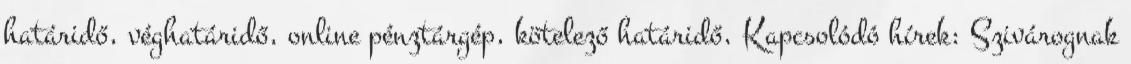
határidő, véghatáridő, online pénztárgép, kötelező határidő, Kapcsolódó hírek: Szivárognak